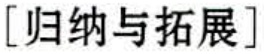
[归纳与拓展]